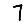
Digit: 7